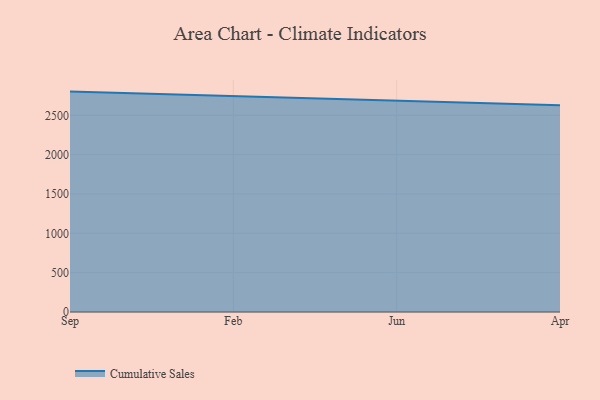
{"axis": {"x": "Month", "y": "Active Users"}, "legend": ["Cumulative Sales"], "data": [{"x": "Sep", "y": 2801.3, "type": "Cumulative Sales"}, {"x": "Feb", "y": 2745.5, "type": "Cumulative Sales"}, {"x": "Jun", "y": 2684.3, "type": "Cumulative Sales"}, {"x": "Apr", "y": 2628.0, "type": "Cumulative Sales"}]}